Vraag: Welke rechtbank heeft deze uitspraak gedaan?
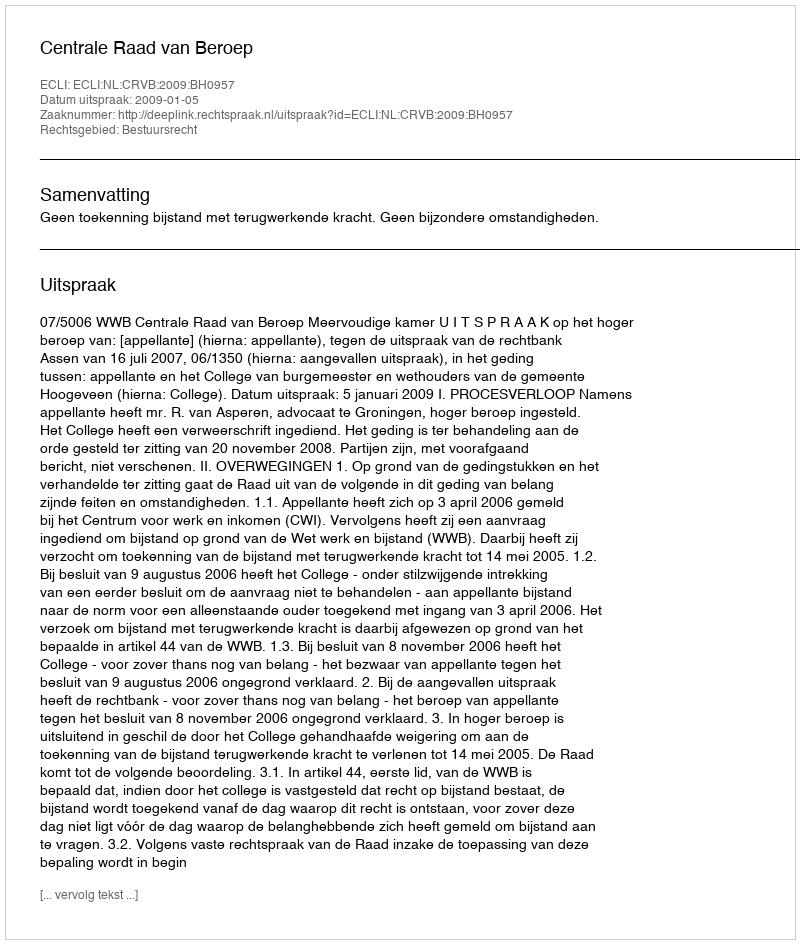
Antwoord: Centrale Raad van Beroep